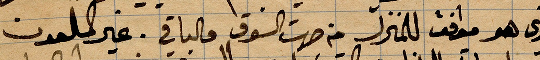
الذي هو موافق للمنزل من جهت السوق فالباقي غير مسلمون